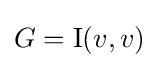
G=\mathrm {I} (v,v)